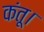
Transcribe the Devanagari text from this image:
कंतू।